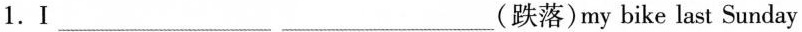
1.Ⅰ___ ___ (跌落)my bike last Sunday